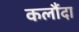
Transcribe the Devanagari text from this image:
कलौंदा